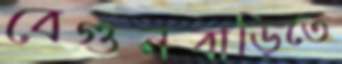
বেগুনবাড়িতে